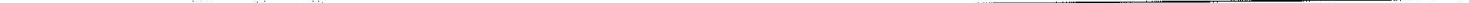
___